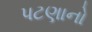
પટણાનો